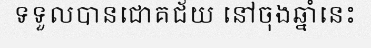
ទទួលបានជោគជ័យ នៅចុងឆ្នាំនេះ